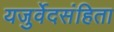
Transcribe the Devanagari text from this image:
यजुर्वेदसंहिता